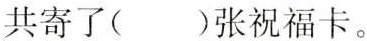
共寄了()张祝福卡。